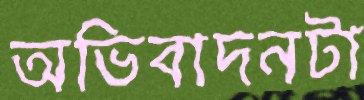
অভিবাদনটা